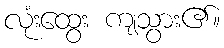
လုံးထွေး ကျသွား၏။